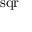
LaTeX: \operatorname { s q r }